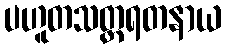
ပဟူတသတ္တရတနာယ